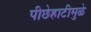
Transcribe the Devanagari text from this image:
पीछेहाटीमुळे